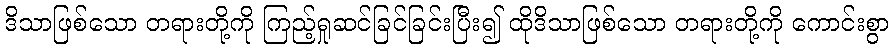
ဒိသာဖြစ်သော တရားတို့ကို ကြည့်ရှုဆင်ခြင်ခြင်းပြီး၍ ထိုဒိသာဖြစ်သော တရားတို့ကို ကောင်းစွာ